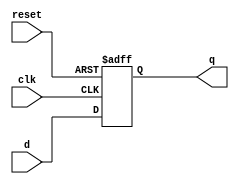
`timescale 1ns/1ns

module D_FF( q, d, clk, reset);
  output q;
  input d, clk, reset;
  reg q;
  always @(posedge reset or negedge clk)
  if (reset)
    q <= 1'b0;
  else
    q <= d;
endmodule